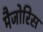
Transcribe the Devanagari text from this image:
मैजोरिस